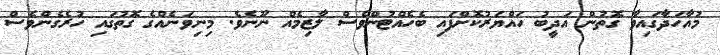
މުއާހަދާގައިވާ ގޮތުން އަދީބު ހައްޔަރުކޮށްފައި ބެހެއްޓުންވެސް ލާޒިމެއް ނޫނެވެ. މިނިވަނެއްގެ ގޮތުގައި ހުރެގެންވެސް